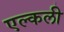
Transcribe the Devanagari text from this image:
एल्कली